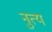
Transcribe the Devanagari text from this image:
नुत्य